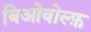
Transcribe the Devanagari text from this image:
बिओवोल्फ़